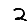
Digit: 2